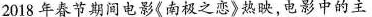
2018年春节期间电影《南极之恋》热映，电影中的主